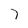
Character: 7